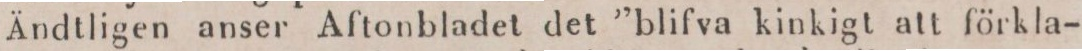
Ändtligen anser Aftonbladet det ”blifva kinkigt att förkla-